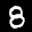
Label: 8